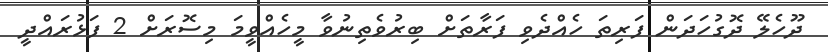
ދޫހެލޭ ދޮގުހަދަން ފަރިތަ ހެއްދެވި ފަރާތަށް ބިރުވެތިނުވާ މީހެއްވީމަ މިސޮރަށް 2 ފަޅުރައްދީ